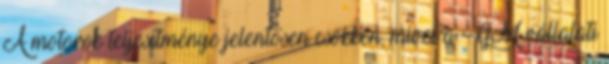
A motorok teljesítménye jelentősen csökken, mivel a GM vállalati